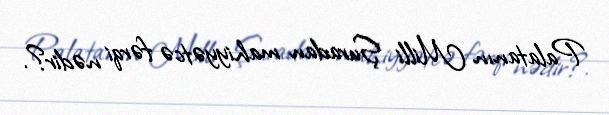
Palatanın Milli Şuradan mahiyyətcə fərqi nədir?.